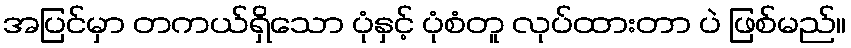
အပြင်မှာ တကယ်ရှိသော ပုံနှင့် ပုံစံတူ လုပ်ထားတာ ပဲ ဖြစ်မည်။